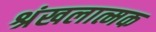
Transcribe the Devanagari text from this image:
श्रंखलात्मक